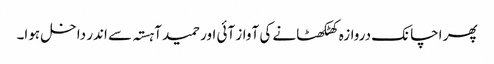
پھر اچانک دروازہ کھٹکھٹانے کی آواز آئی اور حمید آہستہ سے اندر داخل ہوا۔